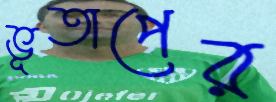
ভূতাপের